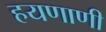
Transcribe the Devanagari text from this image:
हयणाणी